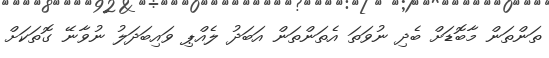
ތަންތަން މާބޮޑަށް ބެދި ނުވަތަ އެތަންތަން އަބަދު ލެއްޕި ވައިބަދަލު ނުވާނޭ ގޮތަކަށް